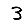
Digit: 3